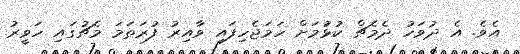
އެވެ. އެ ދުވަހު ދެމެޗް ކުޅުަމަށް ހަމަޖެހިފައި ވާއިރު ފުރަތަމަ މެޗުގައި ހަވީރު